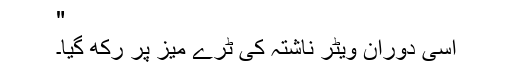
"
اسی دوران ویٹر ناشتہ کی ٹرے میز پر رکھ گیا۔